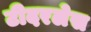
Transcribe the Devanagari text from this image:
टीदरलेस